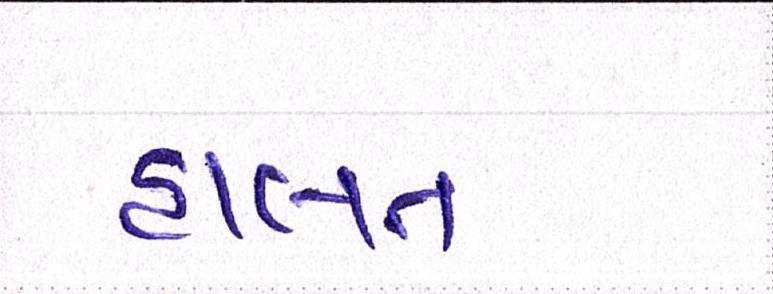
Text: હાલત